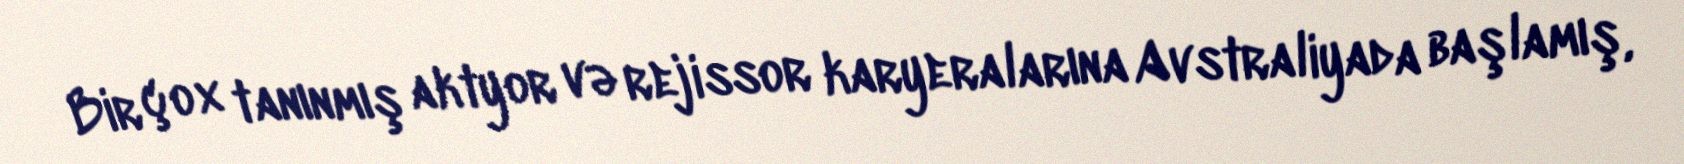
Bir çox tanınmış aktyor və rejissor karyeralarına Avstraliyada başlamış,